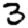
Digit: 3